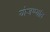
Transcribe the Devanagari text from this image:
योजण्यांत